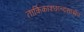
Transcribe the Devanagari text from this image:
तार्किकाश्छान्दसाश्चैव